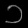
Digit: ၁